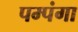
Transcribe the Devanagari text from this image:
पम्पंगा